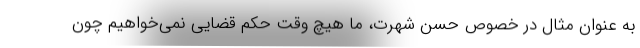
به عنوان مثال در خصوص حسن شهرت، ما هیچ وقت حکم قضایی نمی‌خواهیم چون